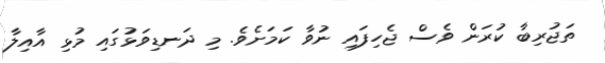
ތަޖުރިބާ ކުރަން ވެސް ޖެހިފައި ނުވާ ކަމަށެވެ. މި ދަނޑިވަޅުގައި މުޅި އާއިލާ